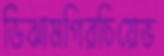
ডিঝামগিরচিয়েভ